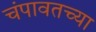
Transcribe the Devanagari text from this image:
चंपावतच्या